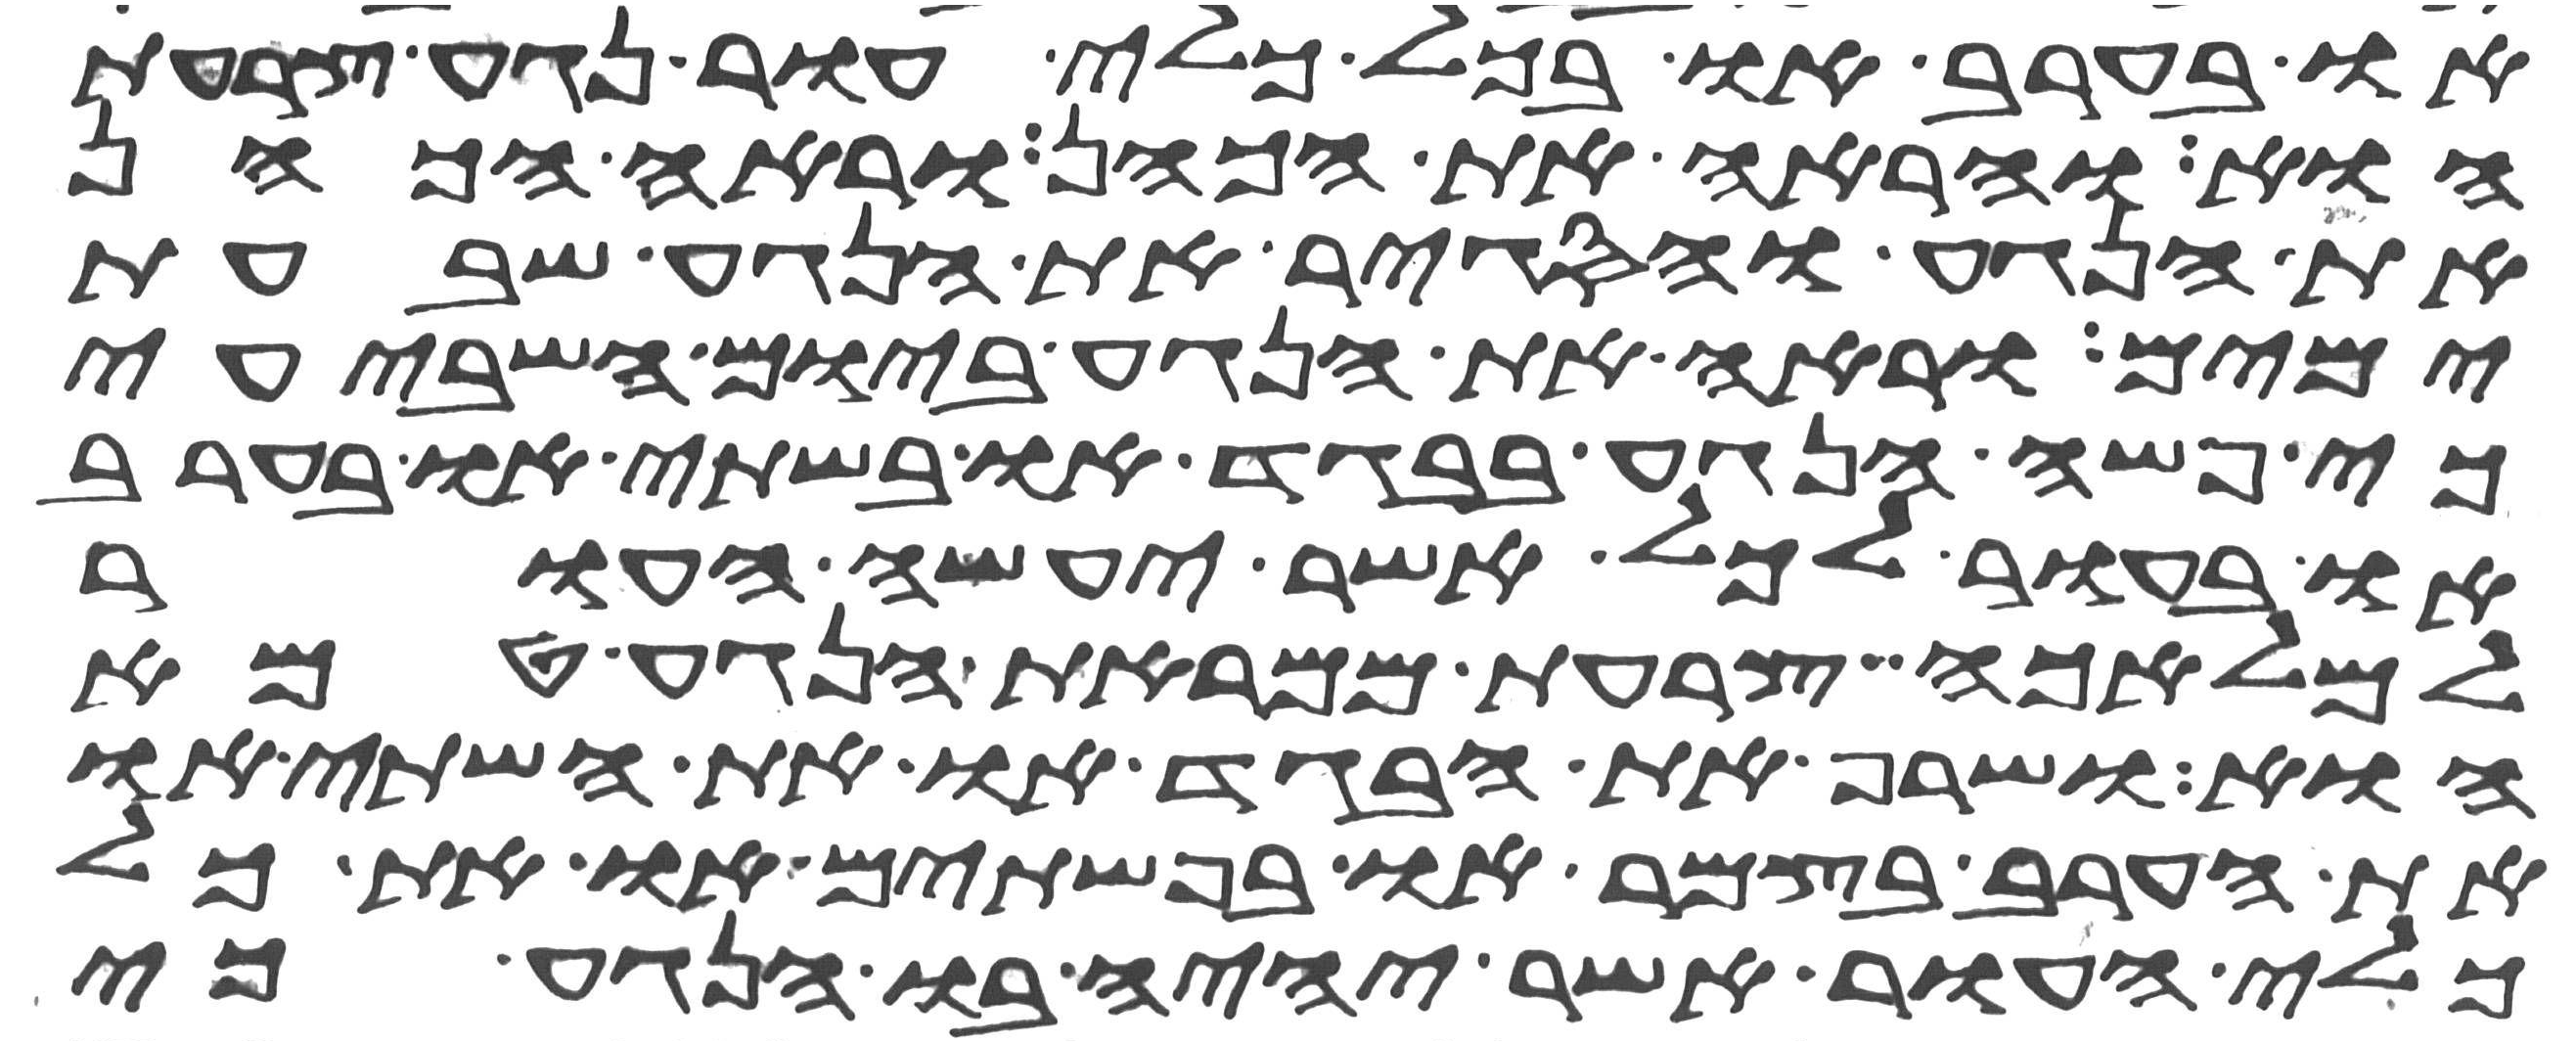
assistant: או בערב או בכל כלי עור נגע צרעת
הוא והראה את הכהן וראה הכהן
את הנגע והסגיר את הנגע שבעת
ימים וראה את הנגע ביום השביעי
כי פשה הנגע בבגד או בשתי או בערב
או בעור לכל אשר יעשה העור
למלאכה צרעת ממראת הנגע טמא
הוא ושרף את הבגד או את השתי או
את הערב בצמר או בפשתים או את כל
כלי העור אשר יהיה בו הנגע כי